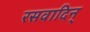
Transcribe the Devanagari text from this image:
रसवादिन्